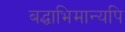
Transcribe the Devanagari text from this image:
बद्धाभिमान्यपि